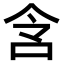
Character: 𫩧